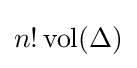
n!\operatorname {vol} (\Delta )